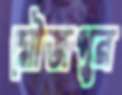
মৌজপুর